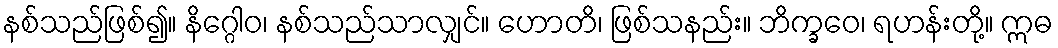
နစ်သည်ဖြစ်၍။ နိဂ္ဂေါဝ၊ နစ်သည်သာလျှင်။ ဟောတိ၊ ဖြစ်သနည်း။ ဘိက္ခဝေ၊ ရဟန်းတို့။ ဣဓ